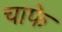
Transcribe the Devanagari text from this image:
चाफे